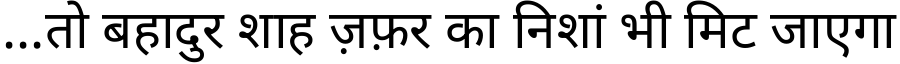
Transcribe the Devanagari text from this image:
...तो बहादुर शाह ज़फ़र का निशां भी मिट जाएगा